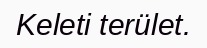
Keleti terület.